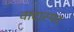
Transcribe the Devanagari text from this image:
वादास्पद